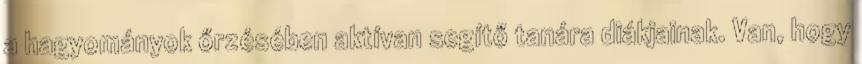
a hagyományok őrzésében aktívan segítő tanára diákjainak. Van, hogy